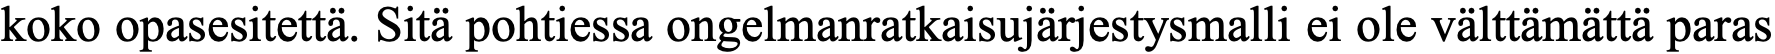
koko opasesitettä. Sitä pohtiessa ongelmanratkaisujärjestysmalli ei ole välttämättä paras